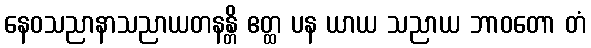
နေဝသညာနာသညာယတနန္တိ ဧတ္ထ ပန ယာယ သညာယ ဘာဝတော တံ